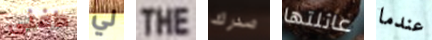
دافنى لي THE صدرك عائلتها عندما